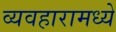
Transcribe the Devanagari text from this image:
व्यवहारामध्ये